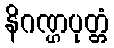
နိဂဏ္ဌပုတ္တံ